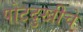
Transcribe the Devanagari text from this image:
पोटदुखीचे